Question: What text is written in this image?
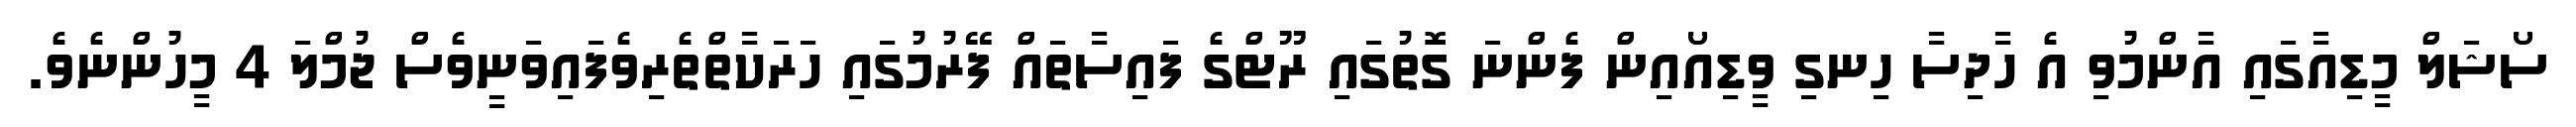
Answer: ސޯޝަލް މީޑިއާގައި އާންމުވި އެ ހާދިސާ ހިނގި ވީޑިއޯއިން ފެންނަ ގޮތުގައި ރޫޓްގެ ފައިސާތައް ފޭރުމުގައި ހަރަކާތްތެރިވެފައިވަނީވެސް ޖުމްލަ 4 މީހުންނެވެ.